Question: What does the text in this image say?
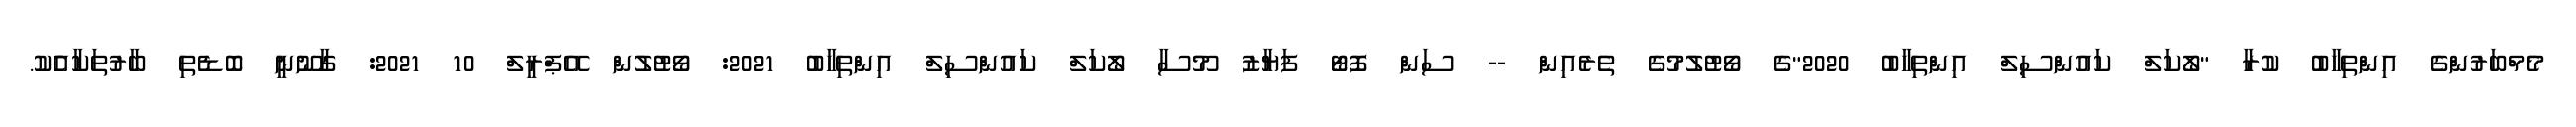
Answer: މެމްބަރުންގެ އިންތިހާބު ކުރާ "ލޯކަލް ކައުންސިލް އިންތިހާބު 2020"ގެ ވޯޓުލުމުގެ ތެރެއިން -- ސަން ފޮޓޯ ފަޔާޒު މޫސާ ލޯކަލް ކައުންސިލް އިންތިހާބު 2021: ވޯޓުލުން އޭޕްރީލް 10 2021: ގާނޫނީ ބޮޑެތި ބާރުތަކާއެެކު.